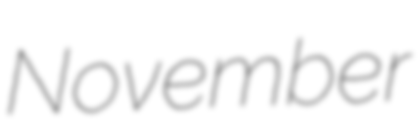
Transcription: November